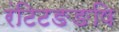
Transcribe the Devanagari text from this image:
रंटिटङङषि